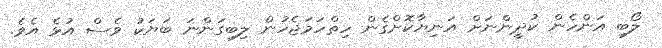
ލޯބި އަންހެން ކުދީންނަށް އަނިޔާކޮށްގެން ހިތްހަމަޖެހުން ލިބިގަންނަ ބަޔަކު ވެސް އުޅެ އެވެ.